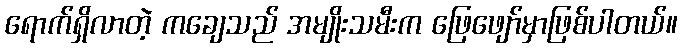
ရောက်ရှိလာတဲ့ ကချေသည် အမျိုးသမီးက ဖြေဖျော်မှာဖြစ်ပါတယ်။